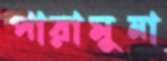
পারামুনা